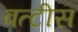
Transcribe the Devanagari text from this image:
बत्टीस